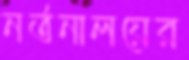
নর্তনালয়ের